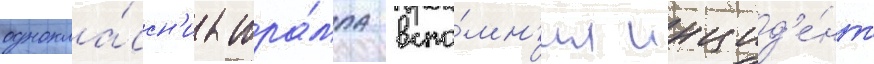
однокла́ссн'ик тра́мпа вспо́мн'ил инцид'е́нт